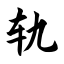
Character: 轨